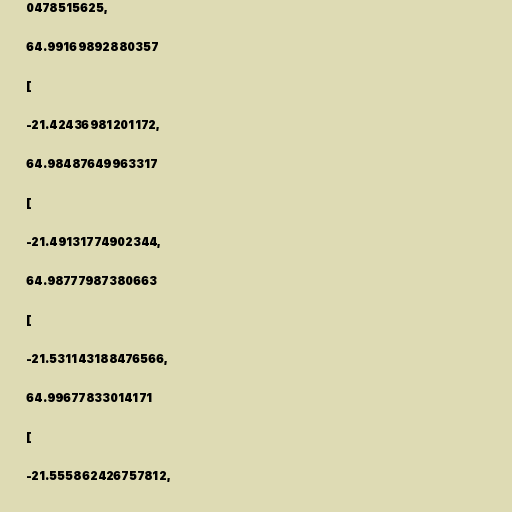
0478515625,

64.99169892880357

[

-21.42436981201172,

64.98487649963317

[

-21.49131774902344,

64.98777987380663

[

-21.531143188476566,

64.99677833014171

[

-21.555862426757812,